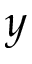
y